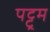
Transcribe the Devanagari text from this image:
पट्टूम